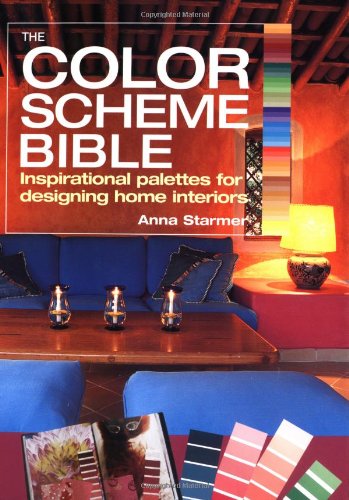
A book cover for The Color Scheme Bible: Inspirational Palettes for Designing Home Interiors; Anna Starmer; Arts & Photography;